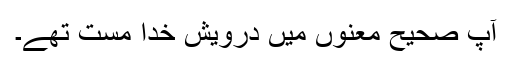
آپ صحیح معنوں میں درویشِ خدا مست تھے۔